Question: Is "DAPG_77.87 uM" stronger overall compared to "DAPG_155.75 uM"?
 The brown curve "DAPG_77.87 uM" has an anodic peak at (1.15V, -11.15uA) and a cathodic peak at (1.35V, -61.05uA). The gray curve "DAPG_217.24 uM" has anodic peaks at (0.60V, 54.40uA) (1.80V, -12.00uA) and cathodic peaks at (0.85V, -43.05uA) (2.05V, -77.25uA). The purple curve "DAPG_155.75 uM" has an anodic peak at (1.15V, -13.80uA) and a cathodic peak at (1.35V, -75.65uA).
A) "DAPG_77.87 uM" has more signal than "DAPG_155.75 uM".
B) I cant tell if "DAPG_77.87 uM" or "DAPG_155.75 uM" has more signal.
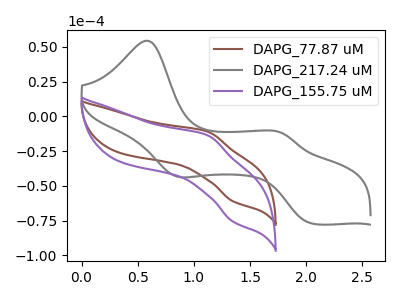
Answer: <think>All the peaks in "DAPG_77.87 uM" have a peak in "DAPG_155.75 uM" at the same potential.
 </think>
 <answer>B) I cant tell if "DAPG_77.87 uM" or "DAPG_155.75 uM" has more signal.</answer>
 <eval>B</eval>